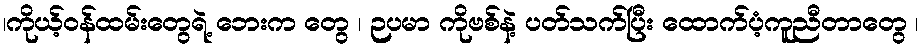
၊ကိုယ့်ဝန်ထမ်းတွေရဲ့ ဘေးက တွေ ၊ ဉပမာ ကိုဗစ်နဲ့ ပတ်သက်ပြီး ထောက်ပံ့ကူညီတာတွေ ၊